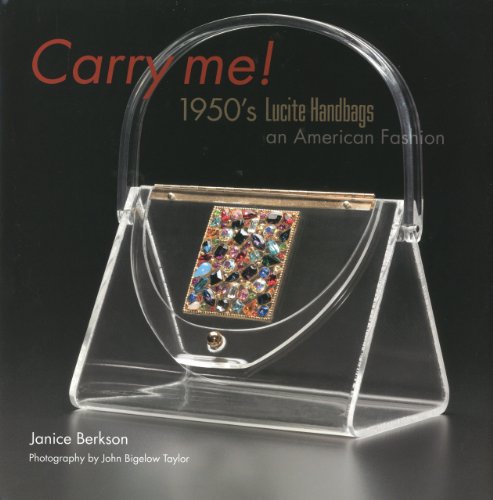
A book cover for Carry Me: 1950's Lucite Purses: An American Fashion; Janice Berkson; Crafts, Hobbies & Home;